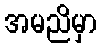
အမညိမှာ